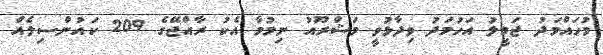
މުހައްމަދު ޖަމީލު އަހުމަދު ވިދާޅުވީ މަޝްރޫއު ނިމުމާ އެކު ރާއްޖޭގެ 209 ކައުންސިލެއް